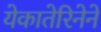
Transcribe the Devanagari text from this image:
येकातेरिनेने